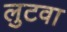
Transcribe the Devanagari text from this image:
लुटवा